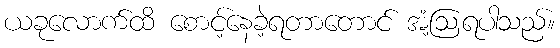
ယခုလောက်ထိ စောင့်နေခဲ့ရတာတောင် အံ့ဩရပါသည်။